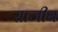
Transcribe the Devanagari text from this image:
साजीब